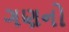
ગણનો